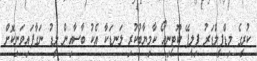
ކުރީގެ މިޑްފީލްޑަރު ފިލީޕޭ ކޫޓީނިއޯ ކާމިޔާބުކުރި ލަނޑަކާ އެކު ބާސާއިން ލީޑު ނަގާފައިވަނިކޮށް